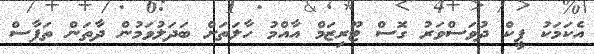
އެކަމަކު ޕީކް ދުވަސްވަރު ގޮސް ޓޫރިޒަމް އާއްމު ހާލަތަށް ބަދަލުވަމުން ދާތަން ތަފާސް